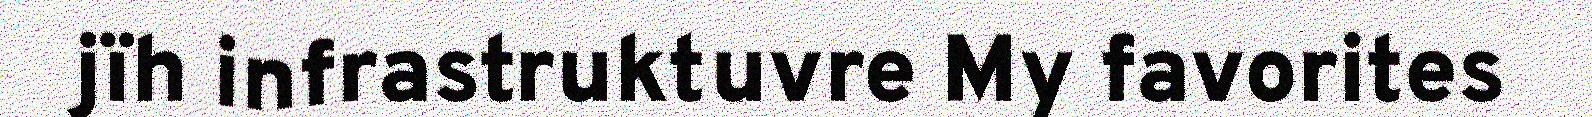
jïh infrastruktuvre My favorites